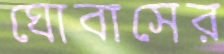
ঘোবাসের